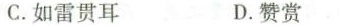
C.如雷贯耳 D.赞赏